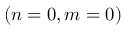
( n = 0 , m = 0 )